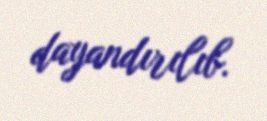
dayandırılıb.